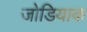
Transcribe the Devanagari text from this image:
जोडियाक